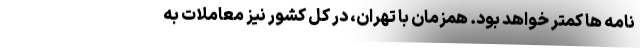
نامه ها کمتر خواهد بود. همزمان با تهران، در کل کشور نیز معاملات به